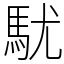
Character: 駀